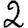
Digit: 2